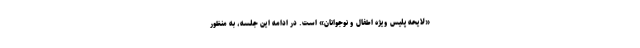
«لایحه پلیس ویژه اطفال و نوجوانان» است. در ادامه این جلسه، به منظور